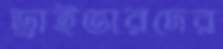
ড্রাইভারদের